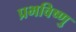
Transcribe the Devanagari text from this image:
प्रभविष्णु